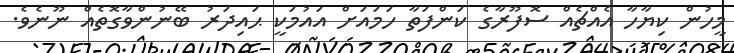
މީހުން ކިޔާހާ އެއްޗެއް ސޮފޫރާގެ ކަންފަތާ ހަމައަށް އައުމަކީ ޙައިދަރު ބޭނުންވާގޮތެއް ނޫނެވެ.